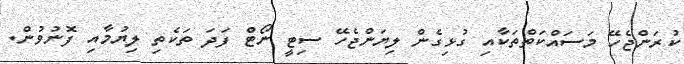
ކުރަންޖެހޭ މަސައްކަތްތަކާއި ގުޅިގެން ލިޔަންޖެހޭ ސިޓީ ނޯޓް ފަދަ ތަކެތި ލިޔުމާއި ފޮނުވުން.